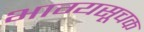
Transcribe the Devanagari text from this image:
भाग्यसूचक